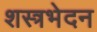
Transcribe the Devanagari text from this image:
शस्त्रभेदन